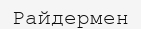
Райдермен